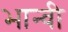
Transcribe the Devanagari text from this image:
भान्वी